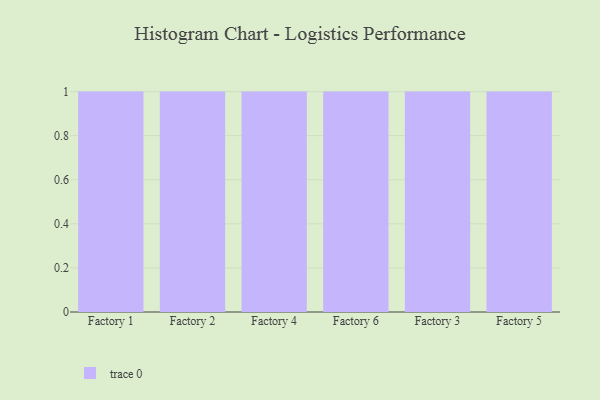
{"axis": {"x": "Factory", "y": "Churn Rate (%)"}, "legend": [""], "data": [{"x": "Factory 1", "y": 67, "type": ""}, {"x": "Factory 2", "y": 79, "type": ""}, {"x": "Factory 4", "y": 38, "type": ""}, {"x": "Factory 6", "y": 19, "type": ""}, {"x": "Factory 3", "y": 47, "type": ""}, {"x": "Factory 5", "y": 35, "type": ""}]}